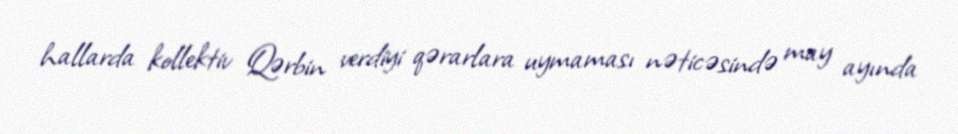
hallarda kollektiv Qərbin verdiyi qərarlara uymaması nəticəsində may ayında